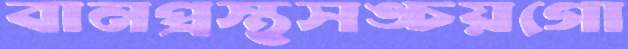
বানপ্রস্থসঙ্চয়গো